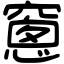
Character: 窻